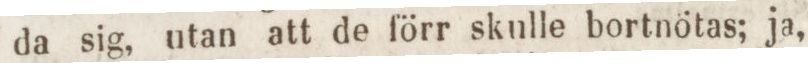
da sig, utan att de förr skulle bortnötas; ja,